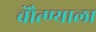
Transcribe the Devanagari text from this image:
चेौत्ण्याला